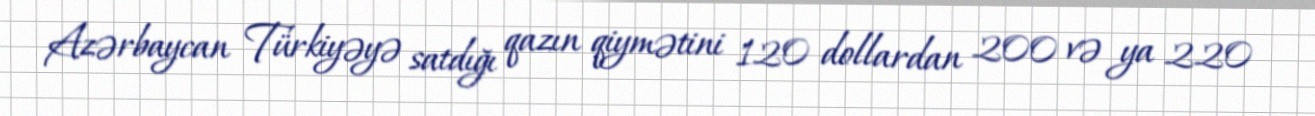
Azərbaycan Türkiyəyə satdığı qazın qiymətini 120 dollardan 200 və ya 220